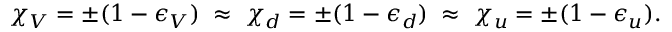
\chi _ { V } = \pm ( 1 - \epsilon _ { V } ) \; \approx \; \chi _ { d } = \pm ( 1 - \epsilon _ { d } ) \; \approx \; \chi _ { u } = \pm ( 1 - \epsilon _ { u } ) .